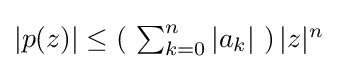
{\textstyle |p(z)|\leq \left(\ \sum _{k=0}^{n}|a_{k}|\ \right)|z|^{n}}